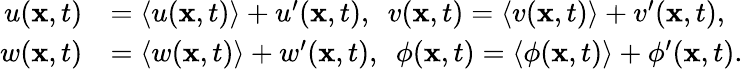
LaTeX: \begin{array}{rl}{u(\mathbf{x},t)}&{=\langle u(\mathbf{x},t)\rangle+u^{\prime}(\mathbf{x},t),\ \ v(\mathbf{x},t)=\langle v(\mathbf{x},t)\rangle+v^{\prime}(\mathbf{x},t),}\\ {w(\mathbf{x},t)}&{=\langle w(\mathbf{x},t)\rangle+w^{\prime}(\mathbf{x},t),\ \ \phi(\mathbf{x},t)=\langle\phi(\mathbf{x},t)\rangle+\phi^{\prime}(\mathbf{x},t).}\end{array}